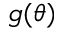
g ( \theta )